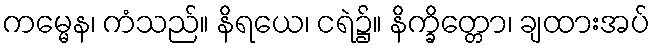
ကမ္မေန၊ ကံသည်။ နိရယေ၊ ငရဲ၌။ နိက္ခိတ္တော၊ ချထားအပ်